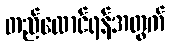
တည်ထောင်ရန်အတွက်